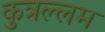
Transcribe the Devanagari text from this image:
कुत्रल्लम